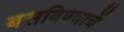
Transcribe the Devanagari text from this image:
बसविण्याचें